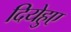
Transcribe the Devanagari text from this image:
दियेहुए